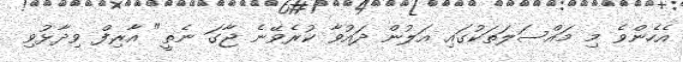
އެހެންވެ މި މައްސަލަތަކުގައި އަލުން ދައުވާ ކުރެވޭނެ ޖާގަ ނެތީ" އާރިފް ވިދާޅުވި